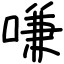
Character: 嗛